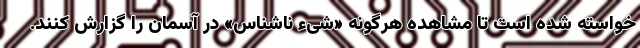
خواسته شده است تا مشاهده هرگونه «شیء ناشناس» در آسمان را گزارش کنند.